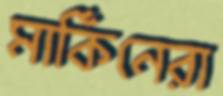
মার্কিনেরা